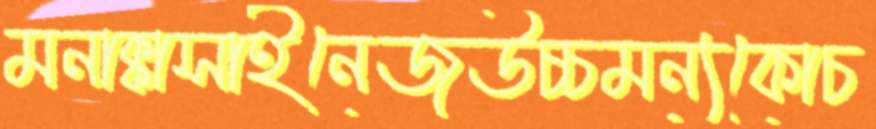
মনাক্কাসাইনেজউচ্চমন্যকোচ